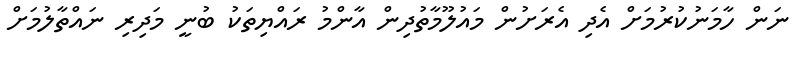
ނަން ހާމަނުކުރުމަށް އެދި އެރަށުން މައުލޫމާތުދިން އާންމު ރައްޔިތަކު ބުނީ މަދިރި ނައްތާލުމަށް